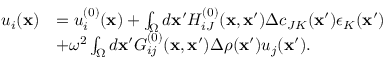
\begin{array} { r l } { u _ { i } ( { \bf x } ) } & { = u _ { i } ^ { ( 0 ) } ( { \bf x } ) + \int _ { \Omega } d { \bf x } ^ { \prime } H _ { i J } ^ { ( 0 ) } ( { \bf x } , { \bf x } ^ { \prime } ) \Delta c _ { J K } ( { \bf x } ^ { \prime } ) \epsilon _ { K } ( { \bf x } ^ { \prime } ) } \\ & { + \omega ^ { 2 } \int _ { \Omega } d { \bf x } ^ { \prime } G _ { i j } ^ { ( 0 ) } ( { \bf x } , { \bf x } ^ { \prime } ) \Delta \rho ( { \bf x } ^ { \prime } ) u _ { j } ( { \bf x } ^ { \prime } ) . } \end{array}